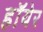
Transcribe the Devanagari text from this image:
हॉयेर